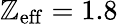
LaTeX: \mathbb{Z}_{\mathrm{{eff}}}=1.8